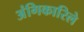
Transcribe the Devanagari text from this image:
अंगिकारिले